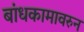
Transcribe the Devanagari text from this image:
बांधकामावरुन